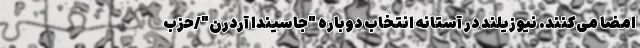
امضا می‌کنند. نیوزیلند در آستانه انتخاب دوباره "جاسیندا آردرن"/حزب